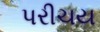
પરીચય